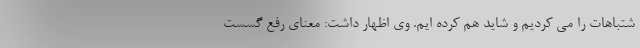
شتباهات را می کردیم و شاید هم کرده ایم. وی اظهار داشت: معنای رفع گسست